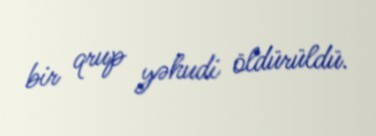
bir qrup yəhudi öldürüldü.